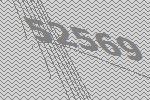
52569